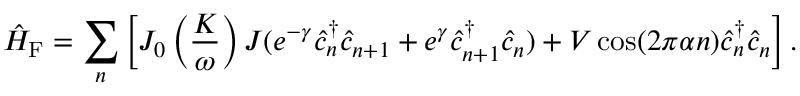
\hat { H } _ { \mathrm { F } } = \sum _ { n } \left[ { \cal J } _ { 0 } \left( \frac { K } { \omega } \right) J ( e ^ { - \gamma } \hat { c } _ { n } ^ { \dagger } \hat { c } _ { n + 1 } + e ^ { \gamma } \hat { c } _ { n + 1 } ^ { \dagger } \hat { c } _ { n } ) + V \cos ( 2 \pi \alpha n ) \hat { c } _ { n } ^ { \dagger } \hat { c } _ { n } \right] .